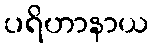
ပရိဟာနာယ